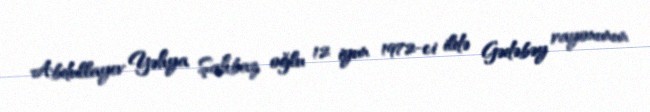
Abdullayev Yəhya Şahbaz oğlu 12 iyun 1972-ci ildə Gədəbəy rayonunun